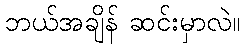
ဘယ်အချိန် ဆင်းမှာလဲ။